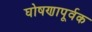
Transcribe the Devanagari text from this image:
घोषणापूर्वक